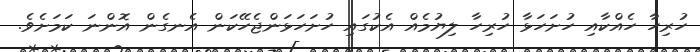
ހުރިހާ ހެއްކާއި ހުށަހަޅާ ހުރިހާ ލިޔުމެއް އެކުގައި ހުށަހަޅަންޖެހޭކަން އެނގެން އޮންނަ ކަމަށެވެ.